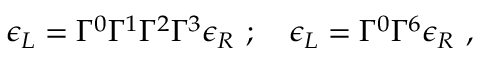
\epsilon _ { L } = \Gamma ^ { 0 } \Gamma ^ { 1 } \Gamma ^ { 2 } \Gamma ^ { 3 } \epsilon _ { R } \ ; \quad \epsilon _ { L } = \Gamma ^ { 0 } \Gamma ^ { 6 } \epsilon _ { R } \ ,